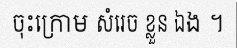
ចុះក្រោម សំរេច ខ្លួន ឯង ។